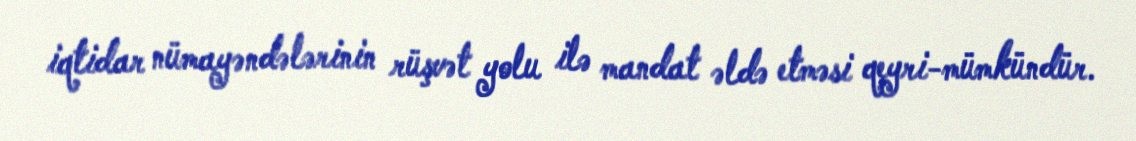
iqtidar nümayəndələrinin rüşvət yolu ilə mandat əldə etməsi qeyri-mümkündür.